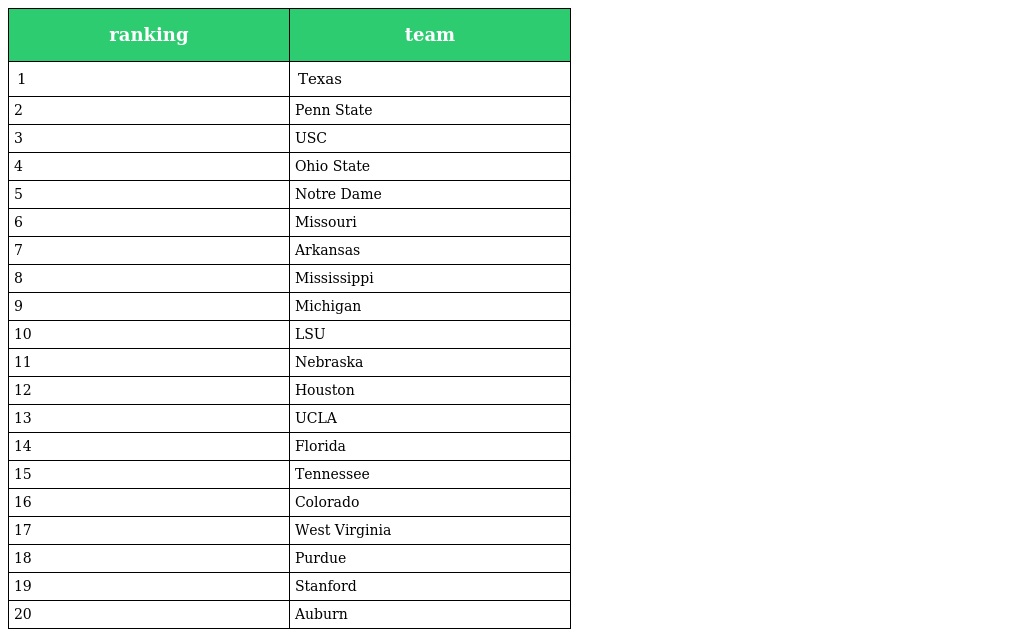
| ranking | team |
 | --- | --- |
 | 1 | Texas |
 | 2 | Penn State |
 | 3 | USC |
 | 4 | Ohio State |
 | 5 | Notre Dame |
 | 6 | Missouri |
 | 7 | Arkansas |
 | 8 | Mississippi |
 | 9 | Michigan |
 | 10 | LSU |
 | 11 | Nebraska |
 | 12 | Houston |
 | 13 | UCLA |
 | 14 | Florida |
 | 15 | Tennessee |
 | 16 | Colorado |
 | 17 | West Virginia |
 | 18 | Purdue |
 | 19 | Stanford |
 | 20 | Auburn |